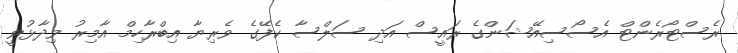
ރެސްޓޯރެންޓް އެސޯސިއޭޝަންގެ ރައީސް އަދި ސަލްސާ ކެފޭގެ ވެރިޔާ އިބްރާހިމް އާމިރު ވިދާޅުވީ